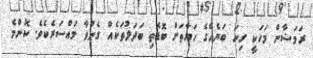
ރަމަޟާން މަހަކީ ގިނަ ބަޔެއްގެ ހަޔާތަށް ބޮޑެތި ބަދަލުތަކެއް ގެނުވާ މައްސަރެކެވެ. ކޮންމެ